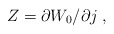
\begin{align*}Z = \partial W_0 /\partial j \; ,\end{align*}